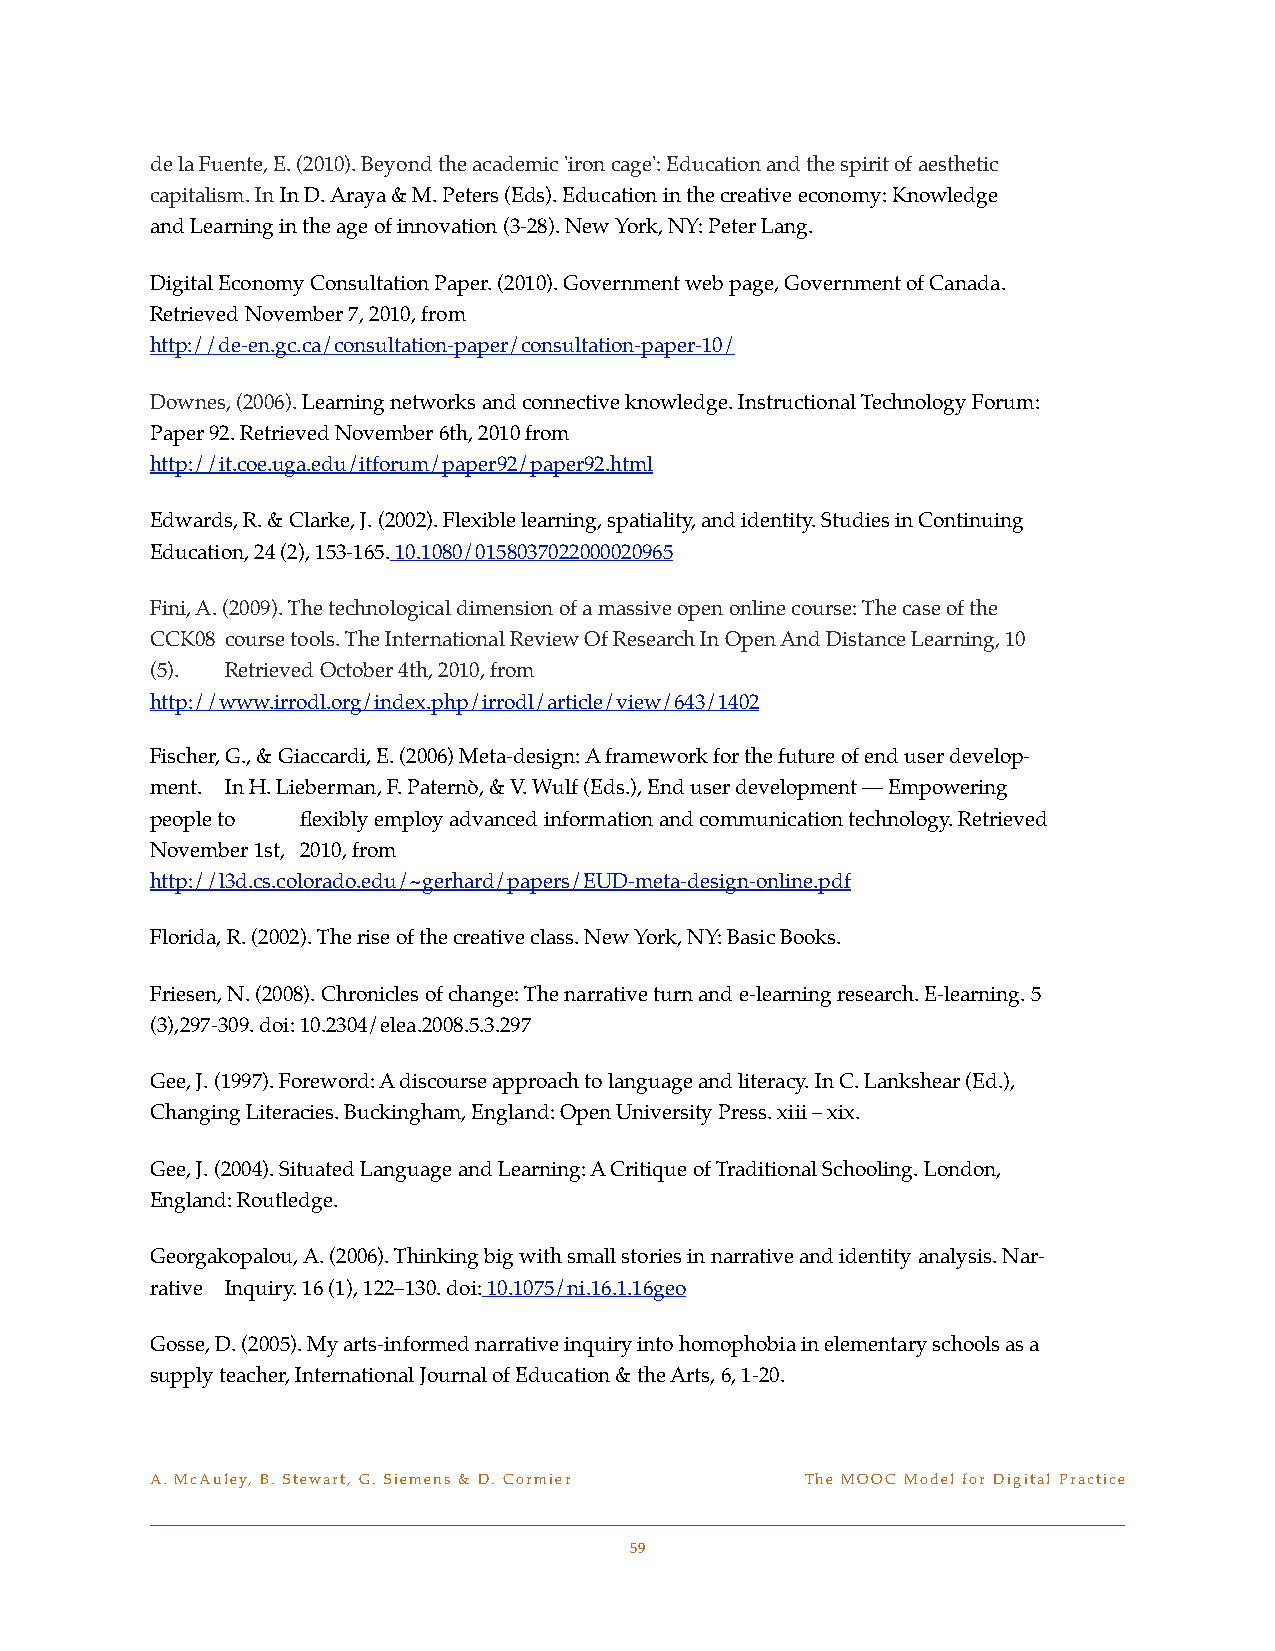
de la Fuente, E. (2010). Beyond the academic 'iron cage': Education and the spirit of aesthetic !
 capitalism. In In D. Araya & M. Peters (Eds). Education in the creative economy: Knowledge !
 and Learning in the age of innovation (3-28). New York, NY: Peter Lang.
 Digital Economy Consultation Paper. (2010). Government web page, Government of Canada. !
 Retrieved November 7, 2010, from
 http://de-en.gc.ca/consultation-paper/consultation-paper-10/
 Downes, (2006). Learning networks and connective knowledge. Instructional Technology Forum: !
 Paper 92. Retrieved November 6th, 2010 from !
 http://it.coe.uga.edu/itforum/paper92/paper92.html
 Edwards, R. & Clarke, J. (2002). Flexible learning, spatiality, and identity. Studies in Continuing !
 Education, 24 (2), 153-165. 10.1080/0158037022000020965
 Fini, A. (2009). The technological dimension of a massive open online course: The case of the
 CCK08 !course tools. The International Review Of Research In Open And Distance Learning, 10
 (5). ! Retrieved October 4th, 2010, from
 http://www.irrodl.org/index.php/irrodl/article/view/643/1402
 Fischer, G., & Giaccardi, E. (2006) Meta-design: A framework for the future of end user develop-
 ment. ! In H. Lieberman, F. Paternò, & V. Wulf (Eds.), End user development — Empowering
 people to ! flexibly employ advanced information and communication technology. Retrieved
 November 1st, !2010, from
 http://l3d.cs.colorado.edu/~gerhard/papers/EUD-meta-design-online.pdf
 Florida, R. (2002). The rise of the creative class. New York, NY: Basic Books.
 Friesen, N. (2008). Chronicles of change: The narrative turn and e-learning research. E-learning. 5
 (3),297-309. doi: 10.2304/elea.2008.5.3.297
 Gee, J. (1997). Foreword: A discourse approach to language and literacy. In C. Lankshear (Ed.), !
 Changing Literacies. Buckingham, England: Open University Press. xiii – xix.
 Gee, J. (2004). Situated Language and Learning: A Critique of Traditional Schooling. London, !
 England: Routledge.
 Georgakopalou, A. (2006). Thinking big with small stories in narrative and identity analysis. Nar-
 rative ! Inquiry. 16 (1), 122–130. doi: 10.1075/ni.16.1.16geo
 Gosse, D. (2005). My arts-informed narrative inquiry into homophobia in elementary schools as a !
 supply teacher, International Journal of Education & the Arts, 6, 1-20.
 A. McAuley, B. Stewart, G. Siemens & D. Cormier! The MOOC Model for Digital Practice
 59